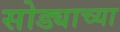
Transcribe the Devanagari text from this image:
सोड्याच्या